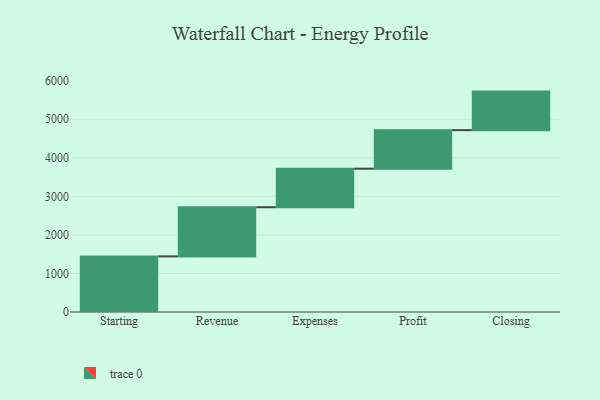
{"axis": {"x": "Step", "y": "Value"}, "legend": [""], "data": [{"x": "Starting", "y": 1443.0, "type": ""}, {"x": "Revenue", "y": 1275.0, "type": ""}, {"x": "Expenses", "y": 1000, "type": ""}, {"x": "Profit", "y": 1000, "type": ""}, {"x": "Closing", "y": 1000, "type": ""}]}